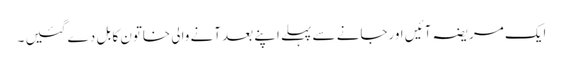
ایک مریضہ آئیں اورجانے سے پہلے اپنے بعد آنے والی خاتون کا بل دے گئیں ۔